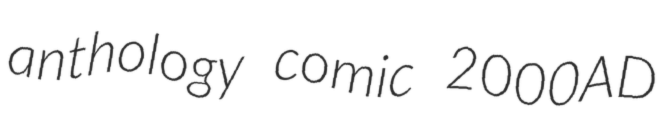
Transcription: anthology comic 2000AD